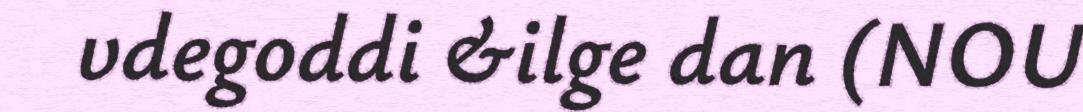
vdegoddi &ilge dan (NOU